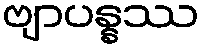
ဗျာပန္နဿ